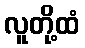
လူတို့ထံ